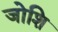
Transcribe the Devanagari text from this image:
जोशि